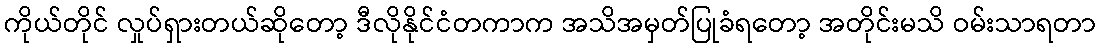
ကိုယ်တိုင် လှုပ်ရှားတယ်ဆိုတော့ ဒီလိုနိုင်ငံတကာက အသိအမှတ်ပြုခံရတော့ အတိုင်းမသိ ဝမ်းသာရတာ